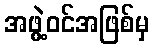
အဖွဲ့ဝင်အဖြစ်မှ